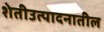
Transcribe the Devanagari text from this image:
शेतीउत्पादनातील